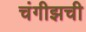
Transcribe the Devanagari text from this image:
चंगीझची